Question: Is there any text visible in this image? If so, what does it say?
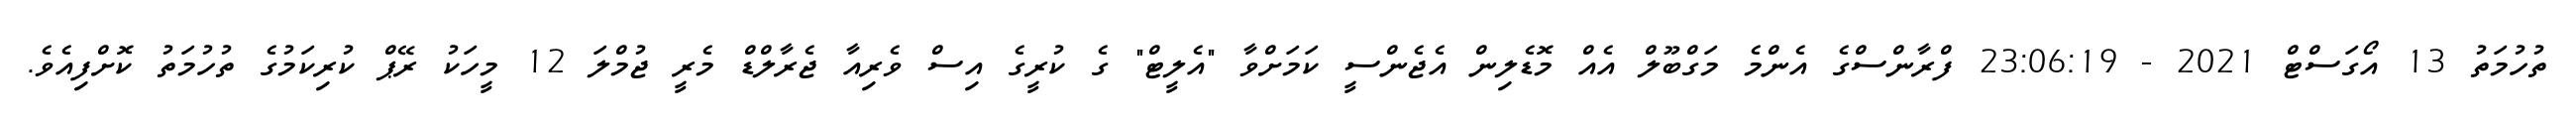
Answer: ތުހުމަތު 13 އޯގަސްޓް 2021 - 23:06:19 ފްރާންސްގެ އެންމެ މަގްބޫލް އެއް މޮޑެލިން އެޖެންސީ ކަމަށްވާ "އެލީޓް" ގެ ކުރީގެ އިސް ވެރިއާ ޖެރާލްޑް މެރީ ޖުމްލަ 12 މީހަކު ރޭޕް ކުރިކަމުގެ ތުހުމަތު ކޮށްފިއެވެ.